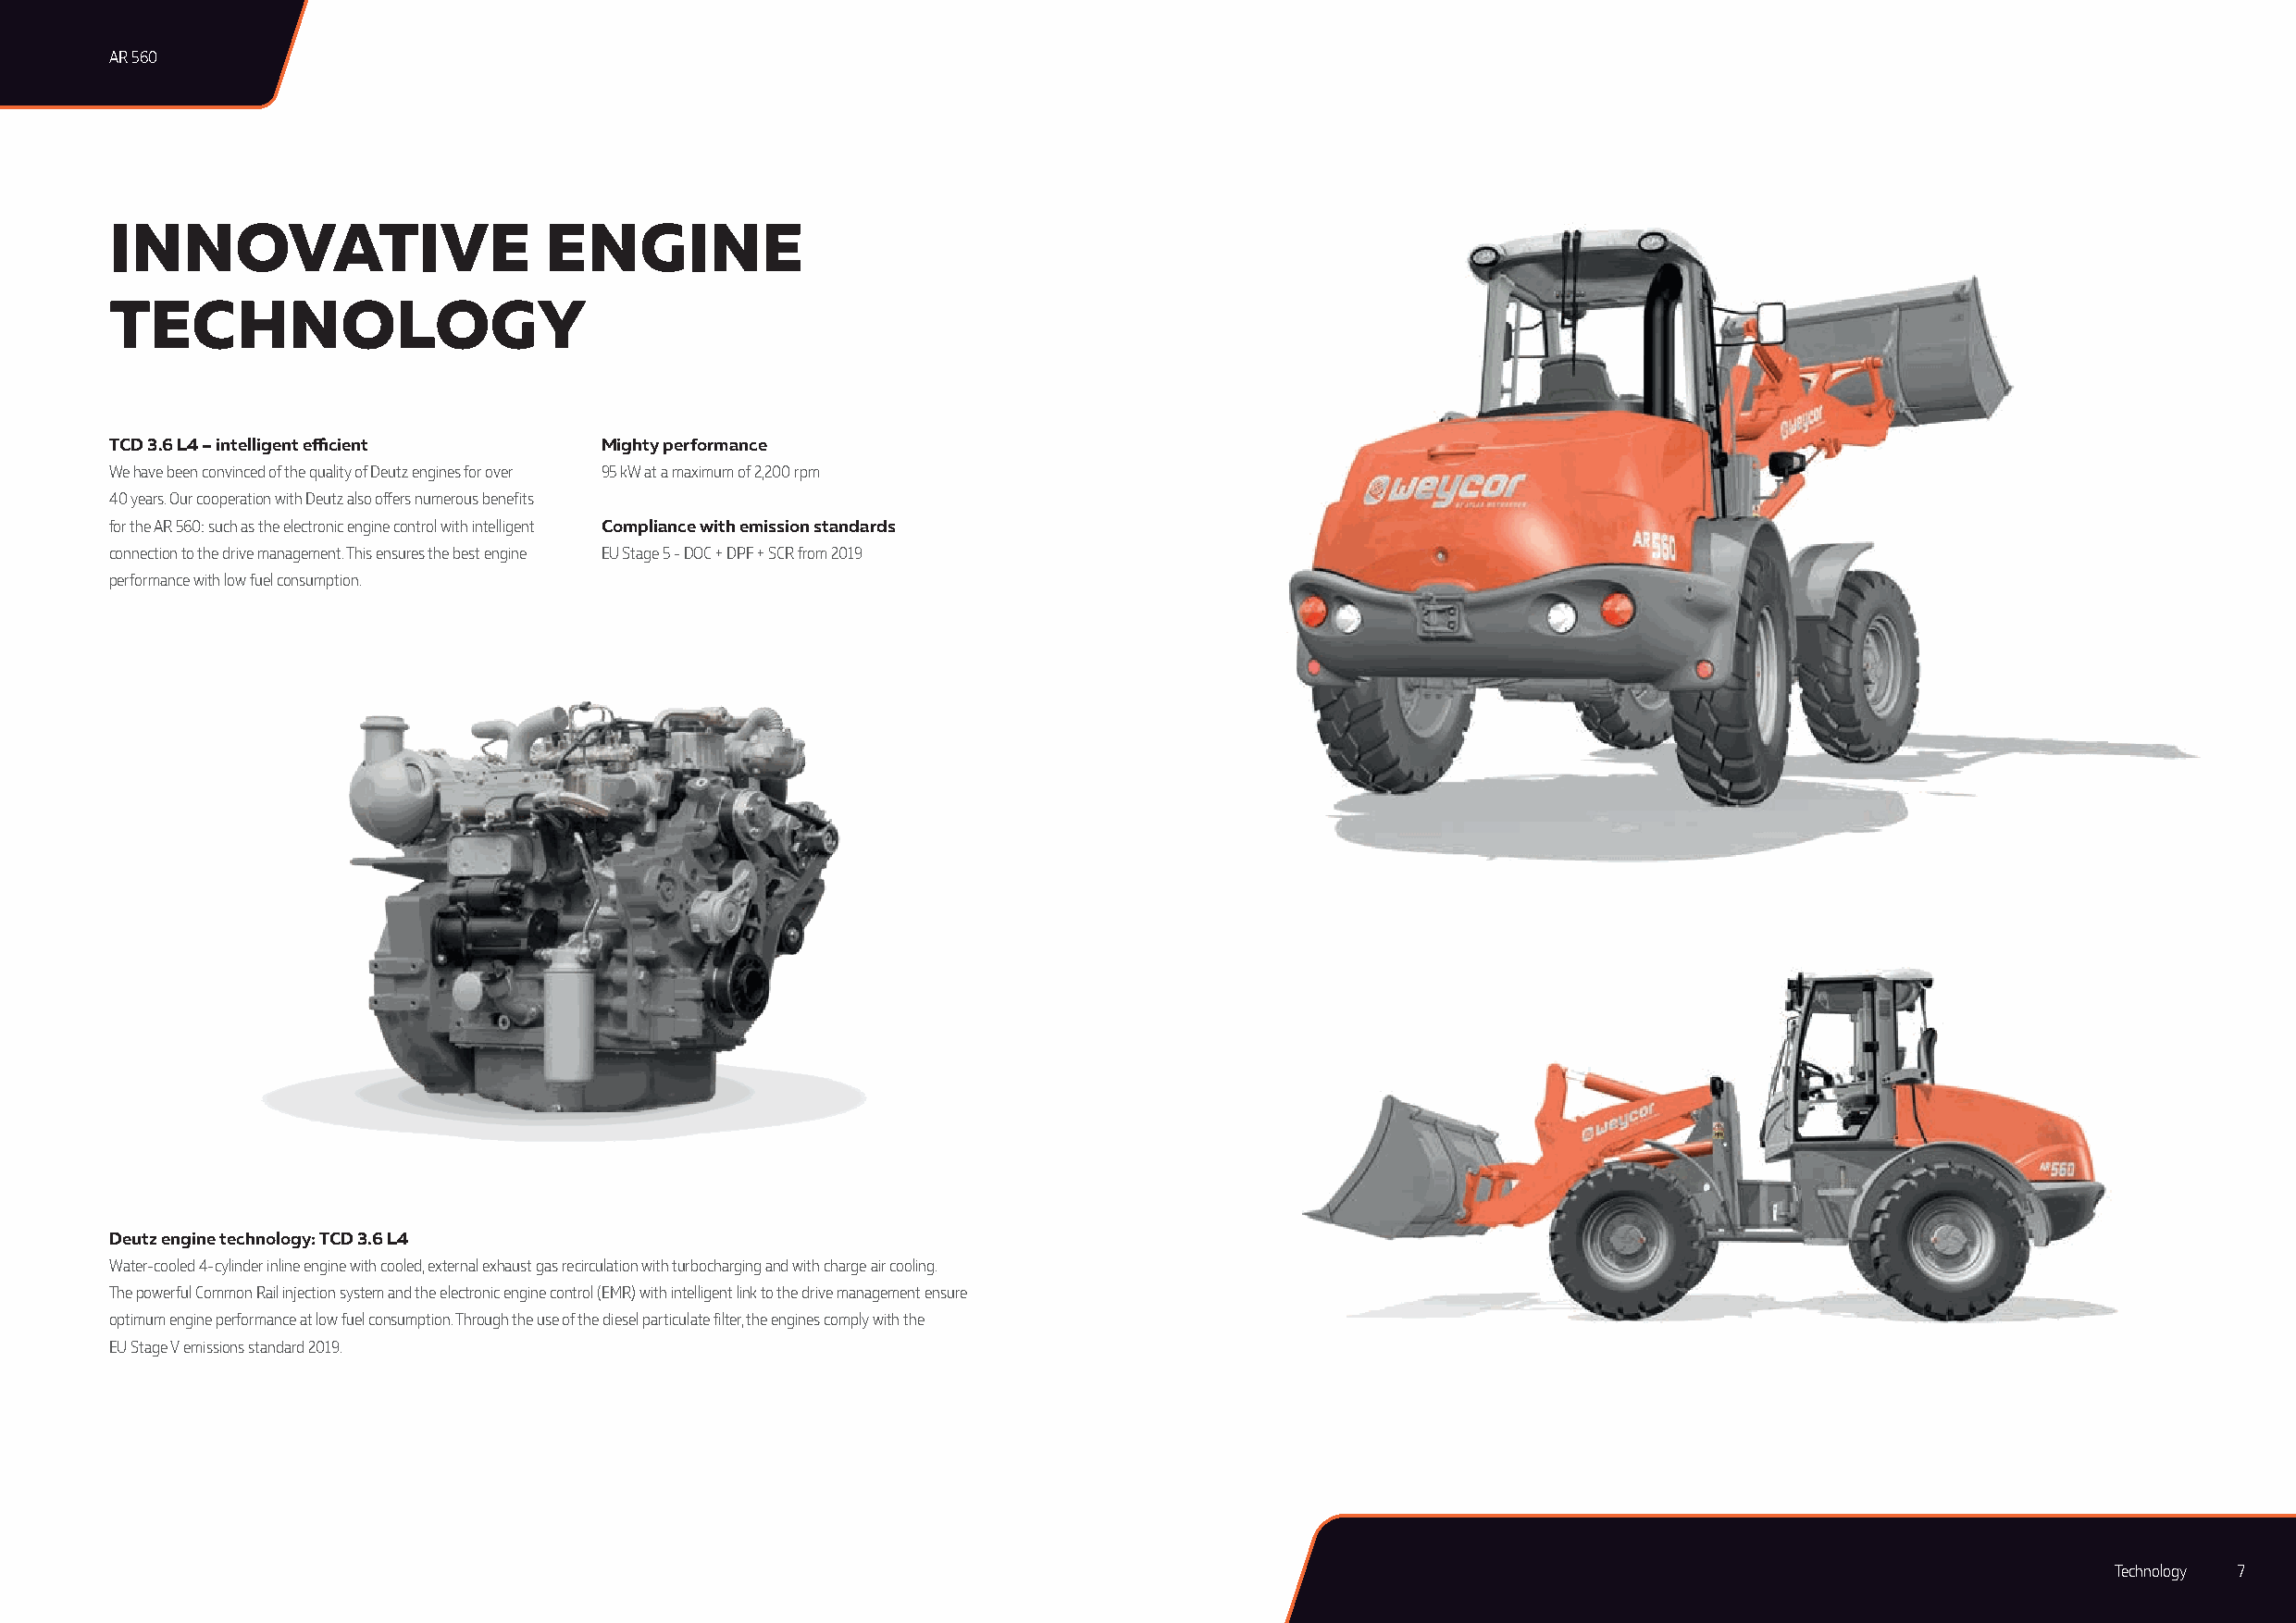
AR 560
 INNOVATIVE                     ENGINE
 TECHNOLOGY
 TCD 3.6 L4 – intelligent efficient Mighty performance
 We have been convinced of the quality of Deutz engines for over 95 kW at a maximum of 2,200 rpm
 40 years. Our cooperation with Deutz also offers numerous benefits
 for the AR 560: such as the electronic engine control with intelligent Compliance with emission standards
 connection to the drive management. This ensures the best engine EU Stage 5 - DOC + DPF + SCR from 2019
 performance with low fuel consumption.
 Deutz engine technology: TCD 3.6 L4
 Water-cooled 4-cylinder inline engine with cooled, external exhaust gas recirculation with turbocharging and with charge air cooling.
 The powerful Common Rail injection system and the electronic engine control (EMR) with intelligent link to the drive management ensure
 optimum engine performance at low fuel consumption. Through the use of the diesel particulate filter, the engines comply with the
 EU Stage V emissions standard 2019.
 Technology 7